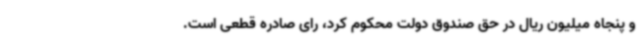
و پنجاه میلیون ریال در حق صندوق دولت محکوم کرد، رای صادره قطعی است.